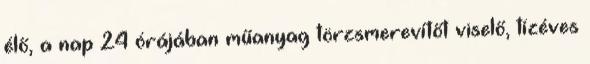
élő, a nap 24 órájában műanyag törzsmerevítőt viselő, tízéves